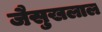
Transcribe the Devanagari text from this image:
जैसुखलाल